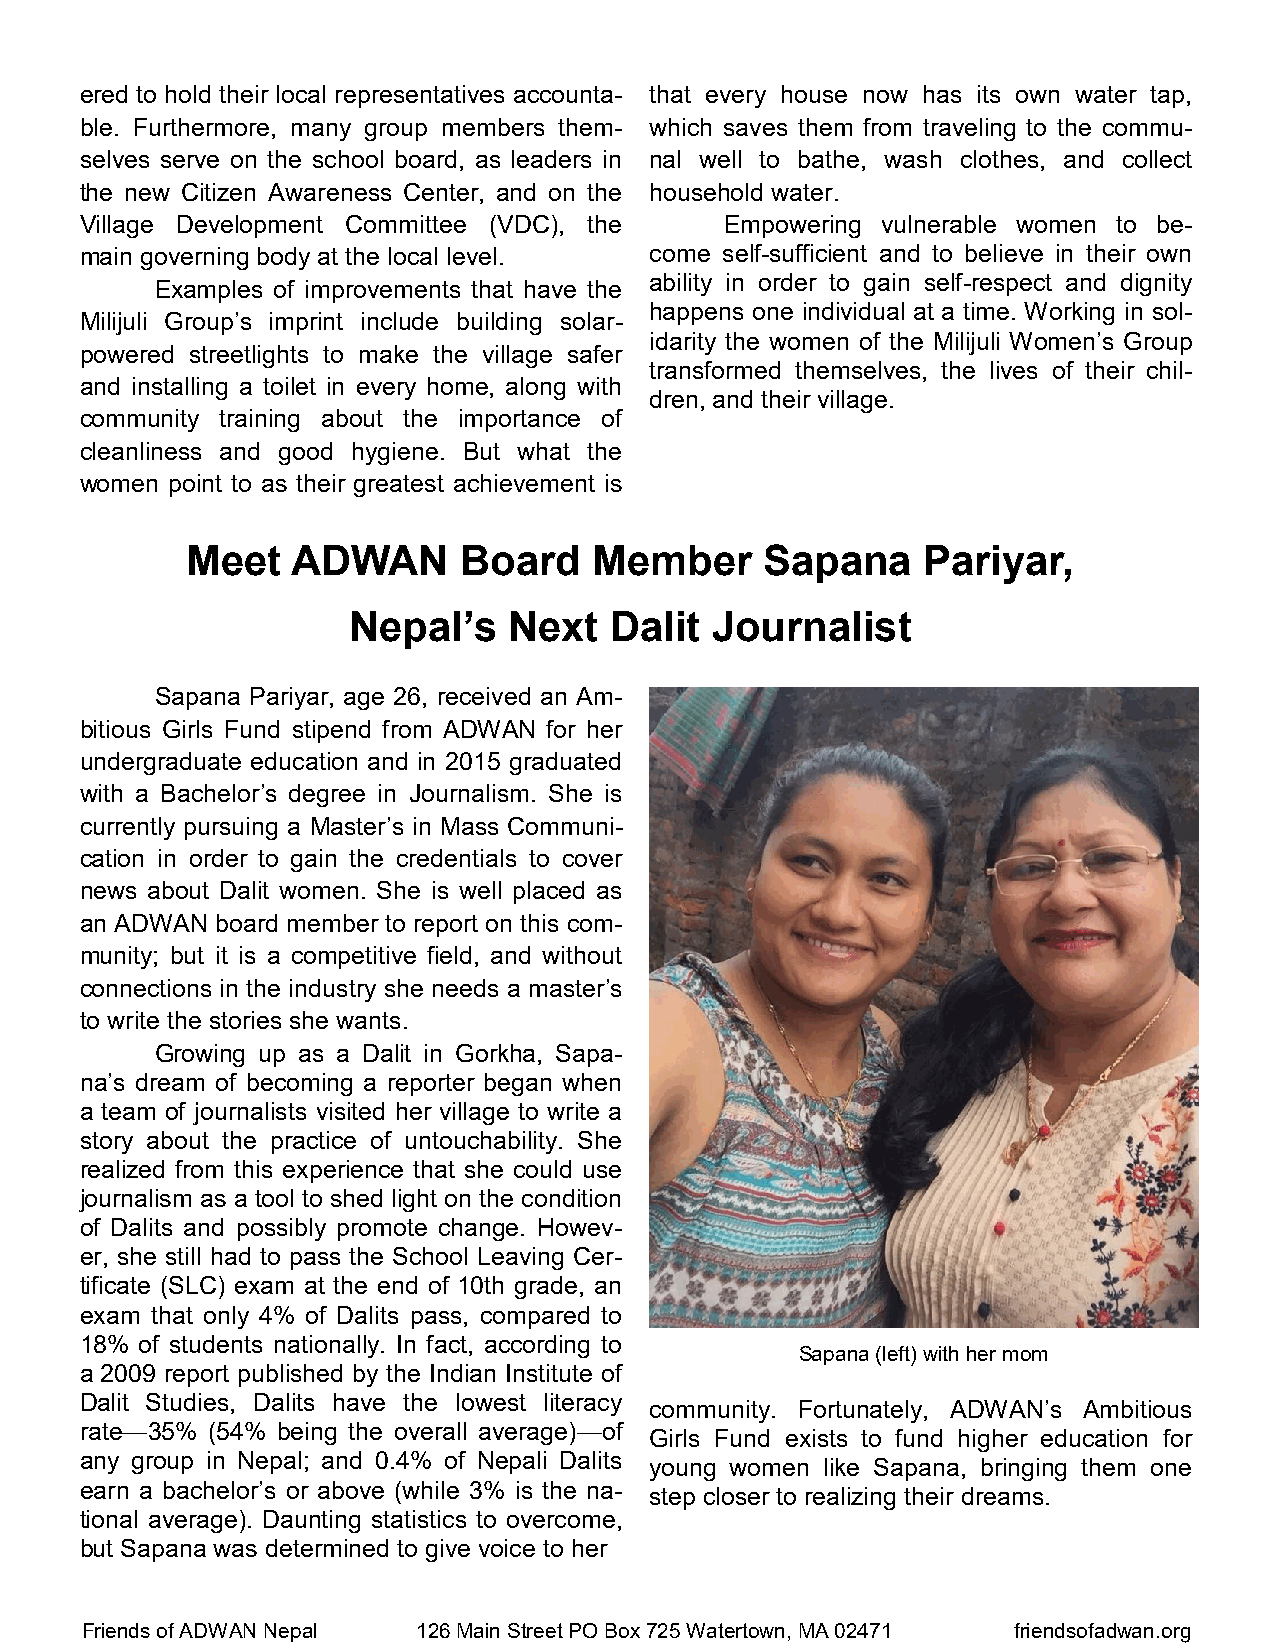
ered to hold their local representatives accounta- that every house now has its own water tap,
 ble. Furthermore, many group members them- which saves them from traveling to the commu-
 selves serve on the school board, as leaders in nal well to bathe, wash clothes, and collect
 the new Citizen Awareness Center, and on the household water.
 Village Development Committee (VDC), the   Empowering vulnerable women to be-
 main governing body at the local level. come self-sufficient and to believe in their own
 ability in order to gain self-respect and dignity
 Examples of improvements that have the
 happens one individual at a time. Working in sol-
 Milijuli Group’s imprint include building solar-
 idarity the women of the Milijuli Women’s Group
 powered streetlights to make the village safer
 transformed themselves, the lives of their chil-
 and installing a toilet in every home, along with
 dren, and their village.
 community training about the importance of
 cleanliness and good hygiene. But what the
 women point to as their greatest achievement is
 Meet   ADWAN      Board    Member      Sapana    Pariyar,
 Nepal’s    Next  Dalit  Journalist
 Sapana Pariyar, age 26, received an Am-
 bitious Girls Fund stipend from ADWAN for her
 undergraduate education and in 2015 graduated
 with a Bachelor’s degree in Journalism. She is
 currently pursuing a Master’s in Mass Communi-
 cation in order to gain the credentials to cover
 news about Dalit women. She is well placed as
 an ADWAN board member to report on this com-
 munity; but it is a competitive field, and without
 connections in the industry she needs a master’s
 to write the stories she wants.
 Growing up as a Dalit in Gorkha, Sapa-
 na’s dream of becoming a reporter began when
 a team of journalists visited her village to write a
 story about the practice of untouchability. She
 realized from this experience that she could use
 journalism as a tool to shed light on the condition
 of Dalits and possibly promote change. Howev-
 er, she still had to pass the School Leaving Cer-
 tificate (SLC) exam at the end of 10th grade, an
 exam that only 4% of Dalits pass, compared to
 18% of students nationally. In fact, according to
 Sapana (left) with her mom
 a 2009 report published by the Indian Institute of
 Dalit Studies, Dalits have the lowest literacy
 community. Fortunately, ADWAN’s Ambitious
 rate—35% (54% being the overall average)—of
 Girls Fund exists to fund higher education for
 any group in Nepal; and 0.4% of Nepali Dalits
 young women like Sapana, bringing them one
 earn a bachelor’s or above (while 3% is the na-
 step closer to realizing their dreams.
 tional average). Daunting statistics to overcome,
 but Sapana was determined to give voice to her
 Friends of ADWAN Nepal 126 Main Street PO Box 725 Watertown, MA 02471 friendsofadwan.org